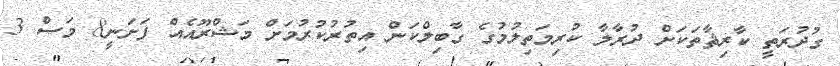
ގުދުރަތީ ކާރިޘާތަކަށް ދުރާލާ ކުރިމަތިލުމުގެ ގާބިލްކަން އިތުރުކުރުމަށް މަޝްރޫއެއް ފަށަނީ8 މަސް 3